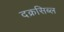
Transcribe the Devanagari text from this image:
दक्रसिब्ल